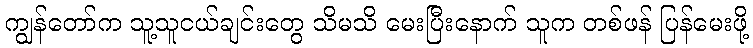
ကျွန်တော်က သူ့သူငယ်ချင်းတွေ သိမသိ မေးပြီးနောက် သူက တစ်ဖန် ပြန်မေးဖို့